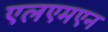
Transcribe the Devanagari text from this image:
एलएमएन